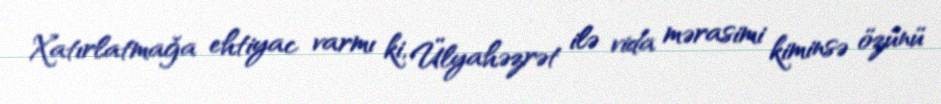
Xatırlatmağa ehtiyac varmı ki, Ülyahəzrət ilə vida mərasimi kiminsə özünü